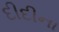
દીદીના